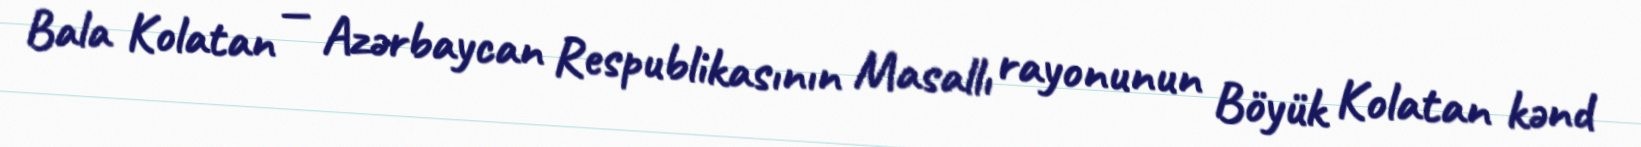
Bala Kolatan — Azərbaycan Respublikasının Masallı rayonunun Böyük Kolatan kənd